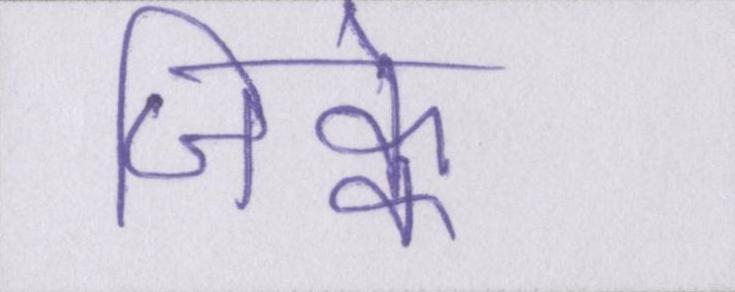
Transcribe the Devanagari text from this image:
जिक्के